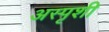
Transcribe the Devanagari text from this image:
अस्पृशी